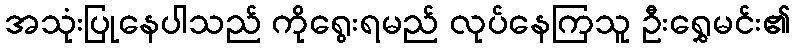
အသုံးပြုနေပါသည် ကိုရွေးရမည် လုပ်နေကြသူ ဦးရွှေမင်း၏